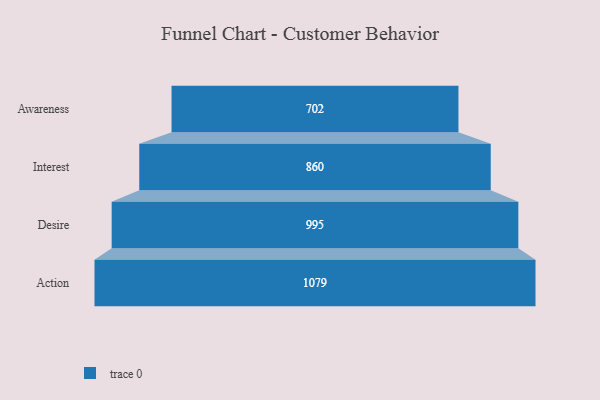
{"axis": {"x": "Stage", "y": "Value"}, "legend": [""], "data": [{"x": "Awareness", "y": 702.0, "type": ""}, {"x": "Interest", "y": 860.0, "type": ""}, {"x": "Desire", "y": 995.0, "type": ""}, {"x": "Action", "y": 1079.0, "type": ""}]}